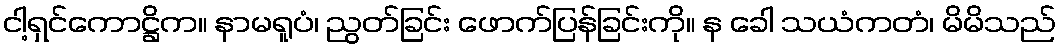
ငါ့ရှင်ကောဋ္ဌိက။ နာမရူပံ၊ ညွတ်ခြင်း ဖောက်ပြန်ခြင်းကို။ န ခေါ သယံကတံ၊ မိမိသည်